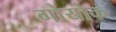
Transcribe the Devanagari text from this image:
गोयोक